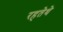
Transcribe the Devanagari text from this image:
रहतेथे